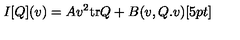
I [ Q ] ( v ) = A v ^ { 2 } \mathrm { t r } Q + B ( v , Q . v ) [ 5 p t ]